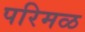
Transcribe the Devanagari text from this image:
परिमळ